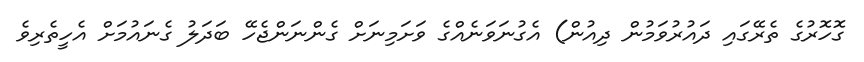
ގޮހޮރުގެ ތެރޭގައި ދައުރުވަމުން ދިއުން) އެގުނަވަނެއްގެ ވަށަމިނަށް ގެންނަންޖެހޭ ބަދަލު ގެނައުމަށް އެހީތެރިވެ